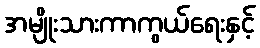
အမျိုးသားကာကွယ်ရေးနှင့်